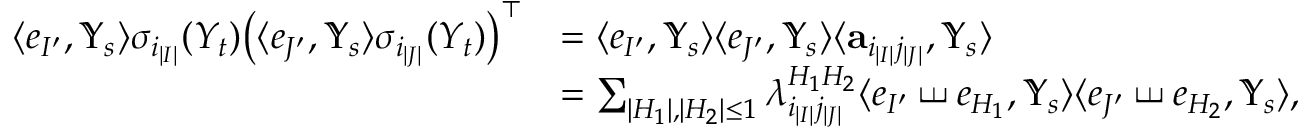
\begin{array} { r l } { \langle e _ { I ^ { \prime } } , { \mathbb Y } _ { s } \rangle \sigma _ { i _ { | I | } } ( Y _ { t } ) \big ( \langle e _ { J ^ { \prime } } , { \mathbb Y } _ { s } \rangle \sigma _ { i _ { | J | } } ( Y _ { t } ) \big ) ^ { \top } } & { = \langle e _ { I ^ { \prime } } , { \mathbb Y } _ { s } \rangle \langle e _ { J ^ { \prime } } , { \mathbb Y } _ { s } \rangle \langle { \mathbf a } _ { i _ { | I | } j _ { | J | } } , { \mathbb Y } _ { s } \rangle } \\ & { = \sum _ { | H _ { 1 } | , | H _ { 2 } | \leq 1 } \lambda _ { i _ { | I | } j _ { | J | } } ^ { H _ { 1 } H _ { 2 } } \langle e _ { I ^ { \prime } } \shuffle e _ { H _ { 1 } } , { \mathbb Y } _ { s } \rangle \langle e _ { J ^ { \prime } } \shuffle e _ { H _ { 2 } } , { \mathbb Y } _ { s } \rangle , } \end{array}